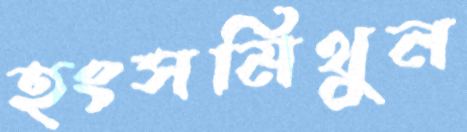
হংসমিথুন